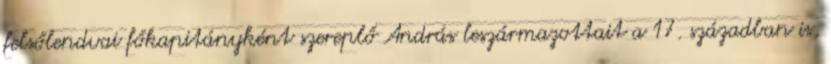
felsőlendvai főkapitányként szereplő András leszármazottait a 17. században is,